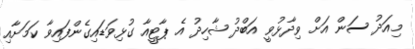
މިއަދު ސަން އަށް ވިދާޅުވީ އަބްދު ޝާހިދު އެ ޕާޓީއާ ގުޅިވަޑައިގެންފައިވާ ކަމަށާއި